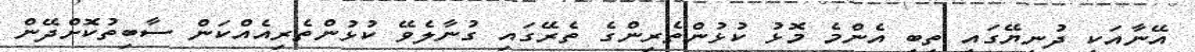
އޭނާއަކީ ދުނިޔޭގައި ތިބި އެންމެ މޮޅު ކުޅުންތެރިންގެ ތެރޭގައި ގުނާލެވޭ ކުޅުންތެރިއެއްކަން ސާބިތުކޮށްދޭން